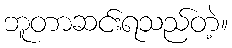
ဘူတာဆင်းရသည်တဲ့။